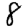
Digit: 8